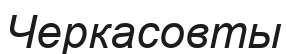
Черкасовты